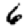
Digit: 6